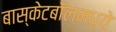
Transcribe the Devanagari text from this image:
बास्केटबॉलमध्ये